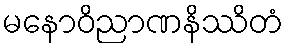
မနောဝိညာဏနိဿိတံ